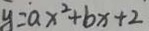
y = a x ^ { 2 } + b x + 2